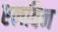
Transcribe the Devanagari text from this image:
एलविन